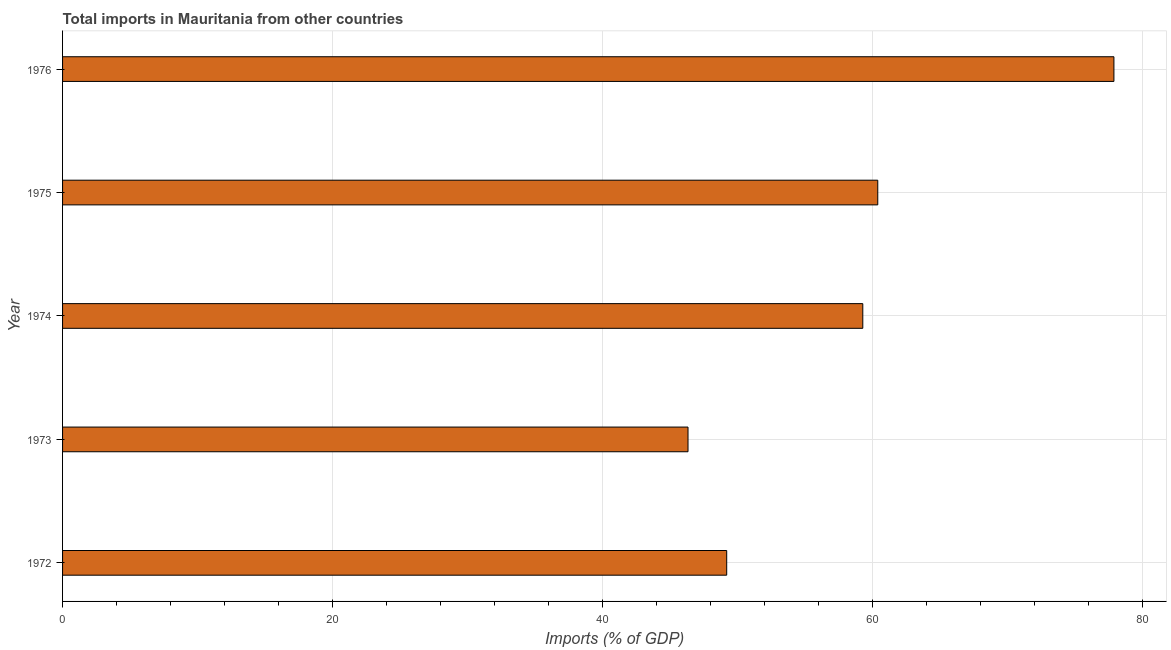
| Year | Imports |
 | --- | --- |
 | 1972 | 49.2 |
 | 1973 | 46.3 |
 | 1974 | 59.3 |
 | 1975 | 60.4 |
 | 1976 | 77.9 |